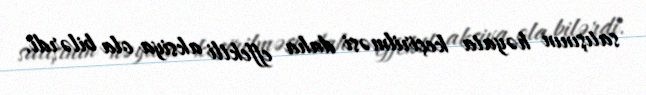
satışının həyata keçirilməsi daha effektli aksiya ola bilərdi.